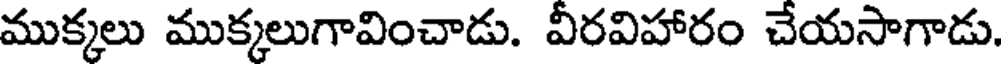
ముక్కలు ముక్కలుగావించాడు. వీరవిహారం చేయసాగాడు.